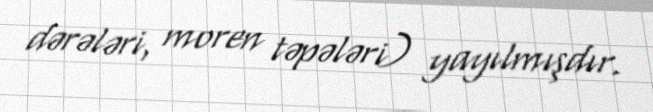
dərələri, moren təpələri) yayılmışdır.